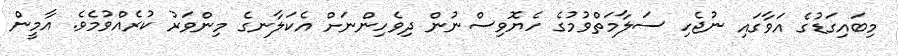
މިބައިގަޑުގެ އަވާގައި ނުޖެހި ސަލާމަތްވުމުގެ ހެޔޮވިސްނުން ދިވެހިންނަށް އެކަލާނގެ މިންވަރު ކުރެއްވުމެވެ. އާމީން